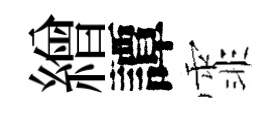
繒譚霏